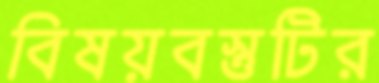
বিষয়বস্তুটির